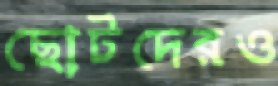
ছোটদেরও